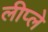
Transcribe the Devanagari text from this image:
लीप्ले